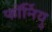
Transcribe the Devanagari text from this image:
फॉर्नियु